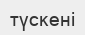
түскені